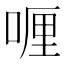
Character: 喱